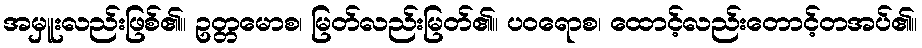
အမှူးလည်းဖြစ်၏။ ဥတ္တမောစ၊ မြတ်လည်းမြတ်၏။ ပဝရောစ၊ ထောင့်လည်းတောင့်တအပ်၏။